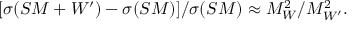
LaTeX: [ \sigma ( S M + W ^ { \prime } ) - \sigma ( S M ) ] / \sigma ( S M ) \approx M _ { W } ^ { 2 } / M _ { W ^ { \prime } } ^ { 2 } .